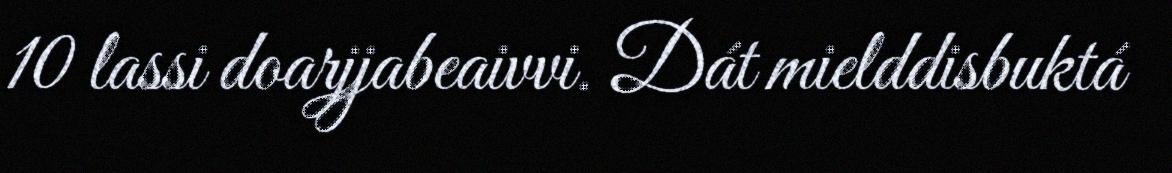
10 lassi doarjjabeaivvi. Dát mielddisbuktá